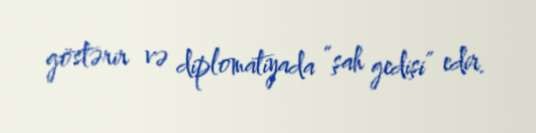
göstərir və diplomatiyada “şah gedişi” edir.